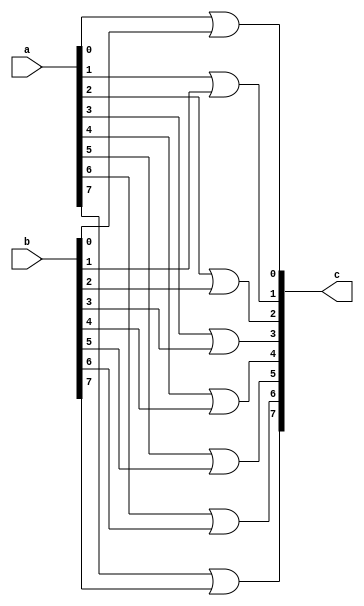
module or_mod(a,b,c  );
parameter size=8;

input [size-1:0] a;
input [size-1:0] b;

output[size-1:0] c;

genvar i;

generate
	for(i=0; i<size; i=i+1) begin:orblock
	or or1(c[i],a[i],b[i]);
	end
endgenerate


endmodule